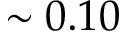
\sim 0 . 1 0